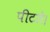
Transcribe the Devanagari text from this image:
पीटते।